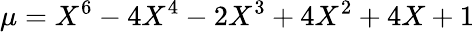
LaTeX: \mu=X^{6}-4X^{4}-2X^{3}+4X^{2}+4X+1